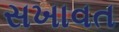
સખાવત